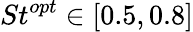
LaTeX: St^{opt}\in[0.5,0.8]